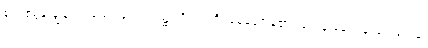
စုလစ်မွန်းချွန်တပ်သော ကျောင်း၌။ ဝိဟရတိ၊ နေတော်မူ၏။ တေန ခေါ ပန သမယေန၊